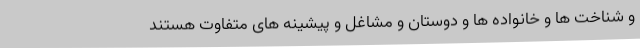
و شناخت ها و خانواده ها و دوستان و مشاغل و پیشینه های متفاوت هستند